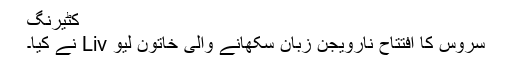
کٹیرنگ
سروس کا افتتاح نارویجن زبان سکھانے والی خاتون لیو Liv نے کیا۔